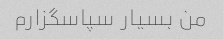
من بسیار سپاسگزارم